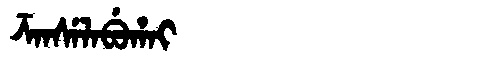
Manchu: ᡯᠠᠨᠰᡝᠯᠠᠪᡠᡥᠠᡳ
Romanization: DZANSELABUHAI